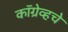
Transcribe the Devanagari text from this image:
कॉग्रेव्हचे